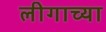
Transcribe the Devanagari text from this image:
लीगाच्या